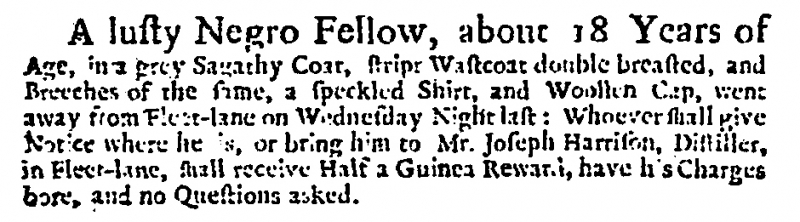
Daily Courant, 10 June 1720 (England)
A lusty Negro Fellow, about 18 Years of Age, in a grey Sagathy Coat, stript Wastcoat double breasted, and Breeches of the same, a speckled Shirt, and Woollen Cap, went away from Fleet-lane on Wednesday Night last: Whoever shall give Notice where he is, or bring him to Mr. Joseph Harrison, Distiller, in Fleet-lane, shall receive Half a Guinea Reward, have his Charges bore, and no Questions asked.